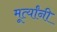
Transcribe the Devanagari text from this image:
मूर्त्यांनी